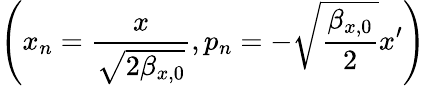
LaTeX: \left(x_{n}=\frac{x}{\sqrt{2\beta_{x,0}}},p_{n}=-\sqrt{\frac{\beta_{x,0}}{2}}x^{\prime}\right)